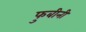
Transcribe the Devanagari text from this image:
फुबीनी